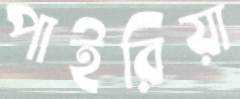
পাইরিয়া